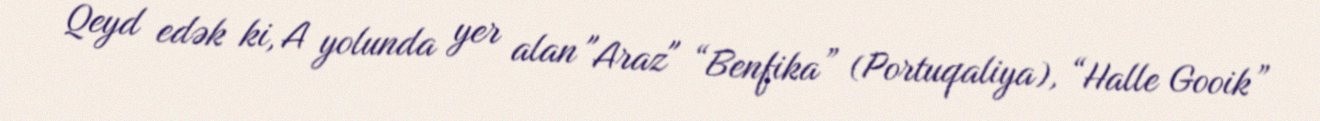
Qeyd edək ki, A yolunda yer alan "Araz" “Benfika” (Portuqaliya), “Halle Gooik”